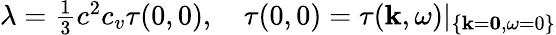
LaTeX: \begin{array}{r}{\lambda=\frac{1}{3}c^{2}c_{v}\tau(0,0),\quad\tau(0,0)=\tau(\mathbf k,\omega)|_{\{ \mathbf k=\mathbf 0,\omega=0\} }}\end{array}